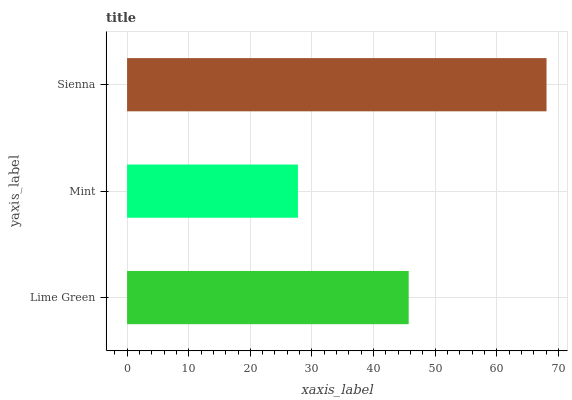
| yaxis_label | bars |
 | --- | --- |
 | Lime Green | 45.7 |
 | Mint | 27.7 |
 | Sienna | 68.1 |